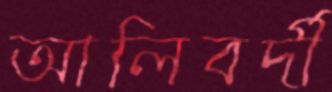
আলিবর্দী